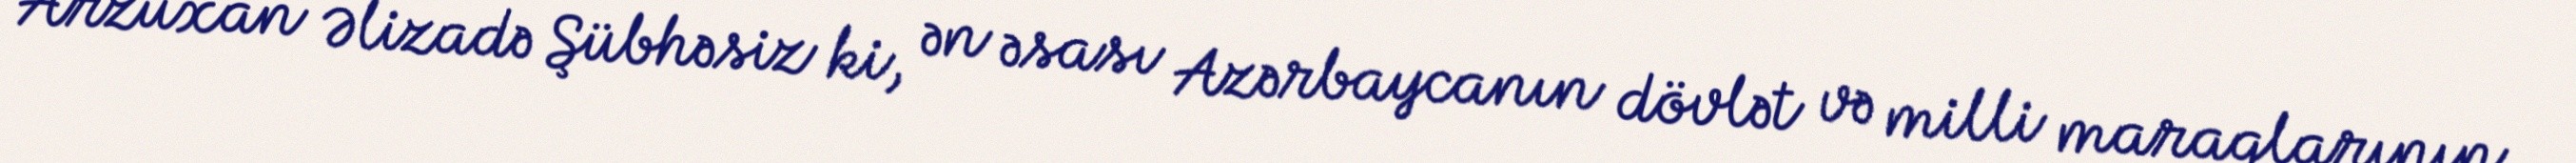
Arzuxan Əlizadə Şübhəsiz ki, ən əsası Azərbaycanın dövlət və milli maraqlarının